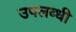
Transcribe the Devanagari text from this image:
उपलब्‍धी